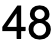
48